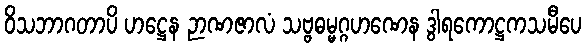
ဝိသဘာဂတာပိ ဟဋ္ဌေန ဉာဏဇာလံ သဗ္ဗဓမ္မဂ္ဂဟဏေန ဒွါရကောဋ္ဌကသမီပေ